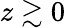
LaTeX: z\gtrsim 0